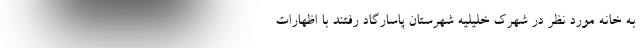
به خانه مورد نظر در شهرک خلیلیه شهرستان پاسارگاد رفتند با اظهارات